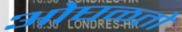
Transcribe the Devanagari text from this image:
ओघळतो